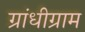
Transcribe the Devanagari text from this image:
ग्रांधीग्राम